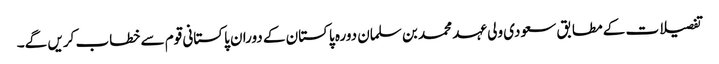
تفصیلات کے مطابق سعودی ولی عہد محمد بن سلمان دورہ پاکستان کے دوران پاکستانی قوم سے خطاب کریں گے۔